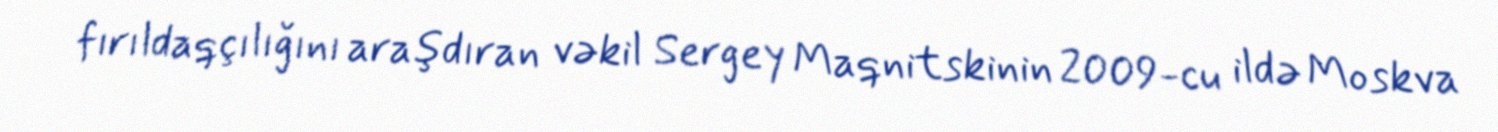
fırıldaqçılığını araşdıran vəkil Sergey Maqnitskinin 2009-cu ildə Moskva